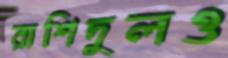
রাশিদুলও